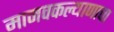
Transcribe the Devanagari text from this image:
मानवकल्याणाचा